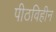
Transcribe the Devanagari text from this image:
पीठविहीन